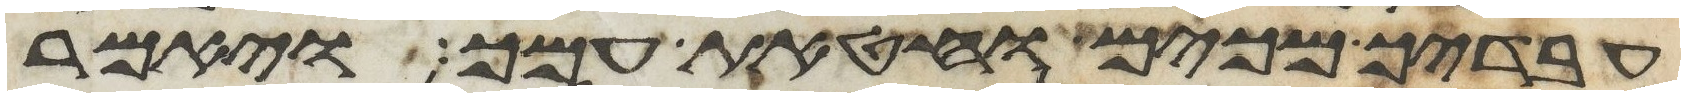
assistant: עבדיך מכים וחטאת עמך ויאמר